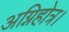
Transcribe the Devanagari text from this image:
अग्निहोत्र।